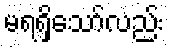
မရရှိသော်လည်း